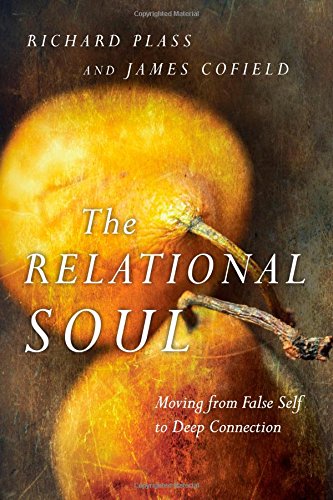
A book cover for The Relational Soul: Moving from False Self to Deep Connection; Richard Plass; Christian Books & Bibles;